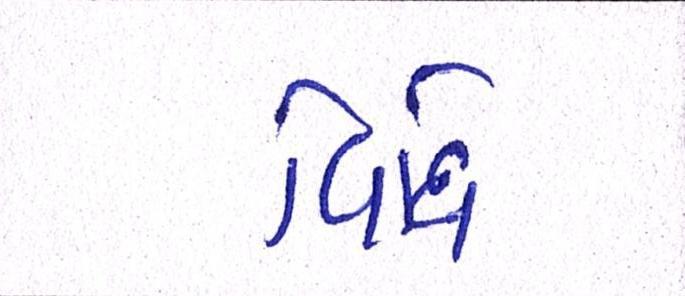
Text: વિધિ